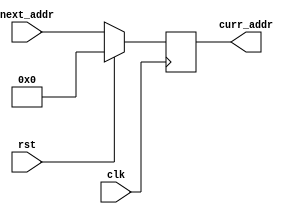
`timescale 1ns / 1ps
//////////////////////////////////////////////////////////////////////////////////
// Company: 
// Engineer: 
// 
// Design Name: 
// Module Name:    pc_block 
// Project Name: 
// Target Devices: 
// Tool versions: 
// Description: 
//
// Dependencies: 
//
// Revision: 
// Revision 0.01 - File Created
// Additional Comments: 
//
//////////////////////////////////////////////////////////////////////////////////
`define REGISTER_WIDTH 32
`define PC_INIT_VAL 32'b0
module pc_block(
    input rst,
    input clk  ,
	 input [`REGISTER_WIDTH-1:0] next_addr ,
	 output reg [`REGISTER_WIDTH-1:0] curr_addr 
    );
initial
  curr_addr = `PC_INIT_VAL ;
always @(posedge clk) begin
 if(rst)
     curr_addr = `PC_INIT_VAL ;
	else 
     curr_addr = next_addr ;
  end	  
endmodule